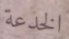
الخدعة